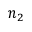
n _ { 2 }